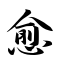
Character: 愈